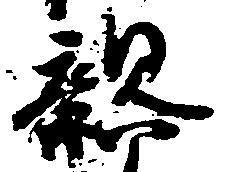
親